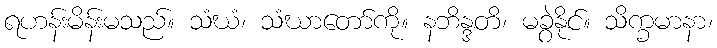
ရဟန်းမိန်းမသည်။ သံဃံ၊ သံဃာတော်ကို။ နဘိန္ဒတိ၊ မခွဲနိုင်။ သိက္ခမာနာ၊